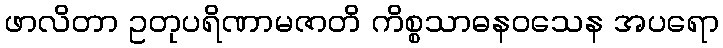
ဖာလိတာ ဥတုပရိဏာမဇာတိ ကိစ္စသာဓနဝသေန အပရော